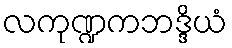
လကုဏ္ဍကဘဒ္ဒိယံ